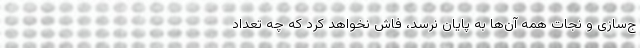
ج‌سازی و نجات همه آن‌ها به پایان نرسد، فاش نخواهد کرد که چه تعداد